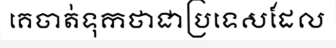
គេចាត់ទុកថាជាប្រទេសដែល